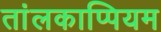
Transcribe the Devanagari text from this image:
तांलकाप्पियम